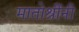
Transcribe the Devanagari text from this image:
मातोश्रींनी